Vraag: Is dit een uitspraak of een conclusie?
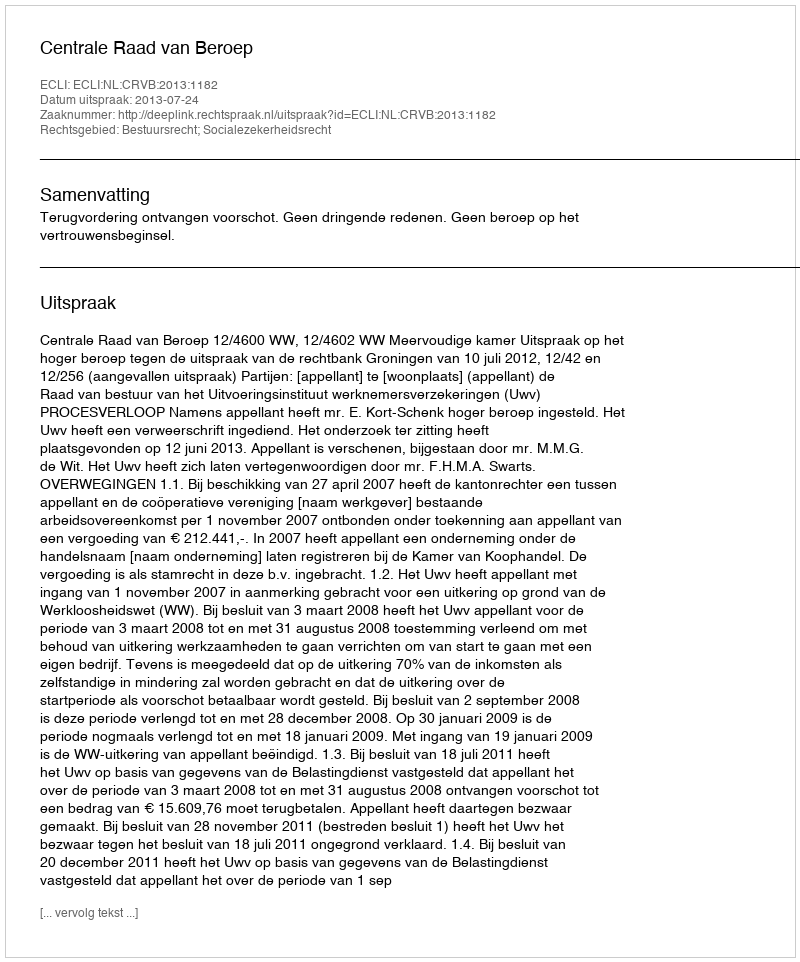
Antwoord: Uitspraak